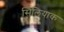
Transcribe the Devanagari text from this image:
सिलियाक